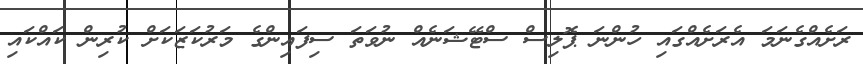
ރަށެއްގެނަމަ އެރަށެއްގައި ހުންނަ ޕޮލިސް ސްޓޭޝަނެއް ނުވަތަ ސިފައިންގެ މަރުކަޒަކަށް ކުރިން ކައްކައި